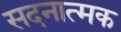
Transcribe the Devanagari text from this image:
सदनात्मक